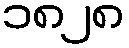
၁၈၂၈